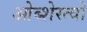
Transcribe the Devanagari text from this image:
ओब्शेस्त्वो